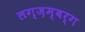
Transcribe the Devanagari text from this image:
लग्ज़म्बर्ग